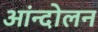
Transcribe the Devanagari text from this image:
आंन्दोलन